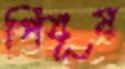
পিযূষ